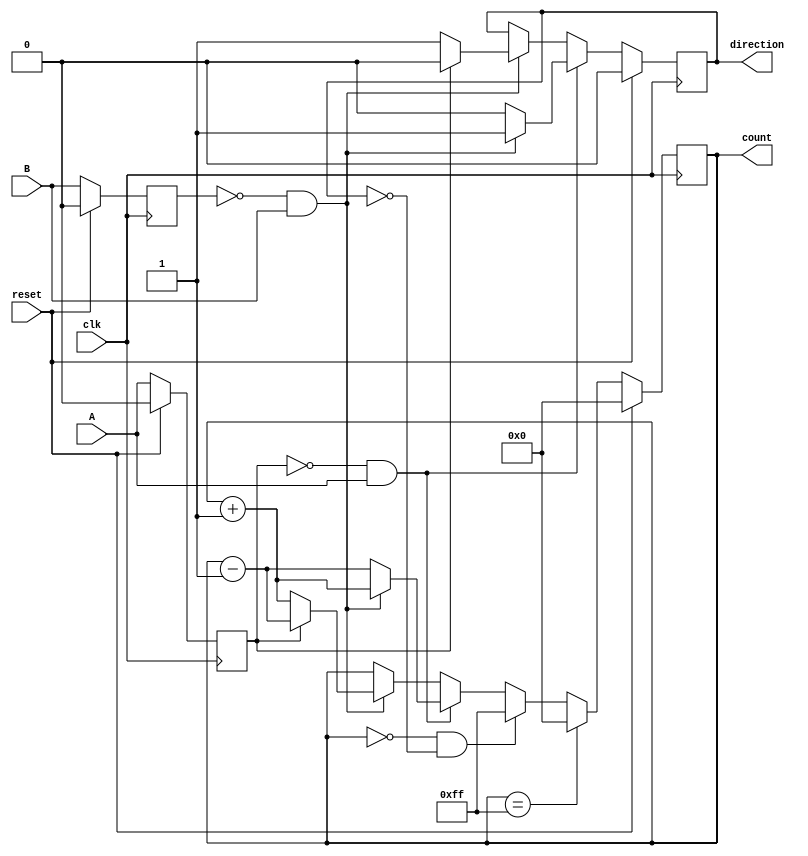
module rotary_encoder(
    input wire A,          // Rotary encoder signal A
    input wire B,          // Rotary encoder signal B
    input wire reset,      // Reset signal
    input wire clk,        // Clock signal
    output reg [7:0] count, // 8-bit binary count output
    output reg direction   // Direction output (1 for CW, 0 for CCW)
);
    
    // State definitions
    reg last_A, last_B; // To hold previous states of A and B

    // Always block for handling the count and direction
    always @(posedge clk) begin
        if (reset) begin
            count <= 8'b0; // Reset count to zero
            direction <= 1'b0; // Default direction
            last_A <= 1'b0;    // Reset previous states
            last_B <= 1'b0;    // Reset previous states
        end else begin
            // Detect edges and determine the direction
            if (last_A == 1'b0 && A == 1'b1) begin // Rising edge on A
                if (last_B == 1'b0 && B == 1'b1) begin // A leads B
                    count <= count + 1; // CW
                    direction <= 1'b1; // CW direction
                end else begin // B leads A
                    count <= count - 1; // CCW
                    direction <= 1'b0; // CCW direction
                end
            end else if (last_B == 1'b0 && B == 1'b1) begin // Rising edge on B
                if (last_A == 1'b1) begin // B leads A
                    count <= count - 1; // CCW
                    direction <= 1'b0; // CCW direction
                end else begin // A leads B
                    count <= count + 1; // CW
                    direction <= 1'b1; // CW direction
                end
            end
            
            // Store the previous states
            last_A <= A;
            last_B <= B;

            // Wrap around logic (optional, depending on application)
            if (count == 8'b11111111)
                count <= 8'b0; // Wrap around to 0
            else if (count == 8'b00000000 && direction == 1'b0)
                count <= 8'b11111111; // Wrap around to max value if decrementing from 0
        end
    end
endmodule